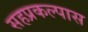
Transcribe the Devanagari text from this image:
सहप्रकल्पास